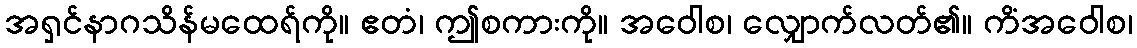
အရှင်နာဂသိန်မထေရ်ကို။ ဧတံ၊ ဤစကားကို။ အဝေါစ၊ လျှောက်လတ်၏။ ကိံအဝေါစ၊